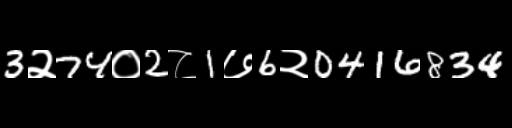
Text: 3२74०2८1७6२0416834